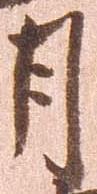
月